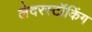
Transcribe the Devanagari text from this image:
लेदरस्टॉकिंग